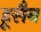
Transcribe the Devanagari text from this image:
हूसैन